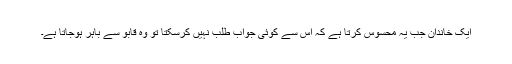
ایک خاندان جب یہ محسوس کرتا ہے کہ اس سے کوئی جواب طلب نہیں کرسکتا تو وہ قابو سے باہر ہوجاتا ہے۔